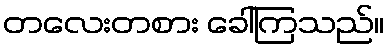
တလေးတစား ခေါ်ကြသည်။